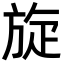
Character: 旋